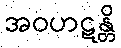
အဝဟဋန္တိ